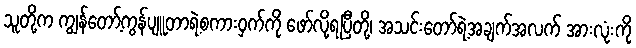
သူတို့က ကျွန်တော့်ကွန်ပျူတာရဲ့စကားဝှက်ကို ဖော်လို့ရပြီတို့၊ အသင်းတော်ရဲ့အချက်အလက် အားလုံးကို